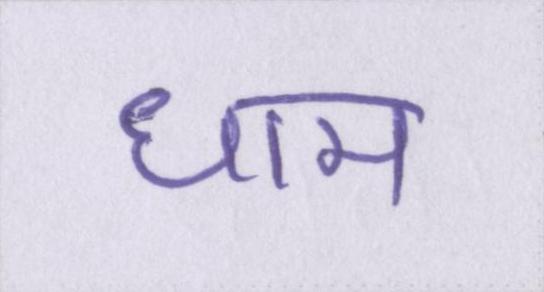
धाम